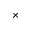
\times